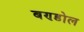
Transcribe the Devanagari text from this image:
बण्डोल